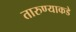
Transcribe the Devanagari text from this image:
तारुण्याकडे